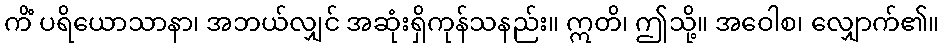
ကိံ ပရိယောသာနာ၊ အဘယ်လျှင် အဆုံးရှိကုန်သနည်း။ ဣတိ၊ ဤသို့။ အဝေါစ၊ လျှောက်၏။